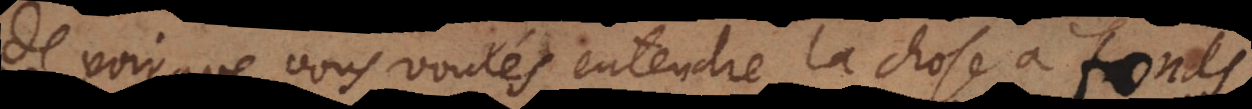
de voir que vous voulés entendre la chose à fonds.